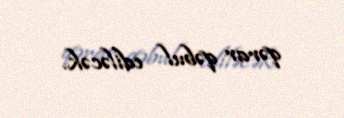
qərar qəbul ediləcək.